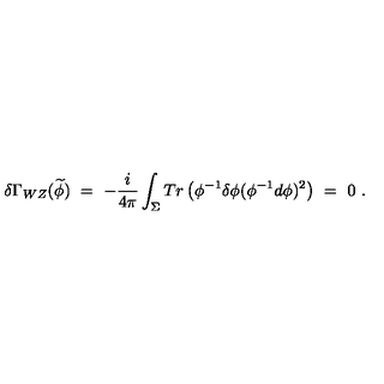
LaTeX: \delta \Gamma _ { W Z } ( \widetilde { \phi } ) \ = \ - \frac { i } { 4 \pi } \int _ { \Sigma } T r \left( \phi ^ { - 1 } \delta \phi ( \phi ^ { - 1 } d \phi ) ^ { 2 } \right) \ = \ 0 \ .